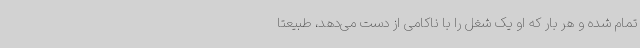
تمام شده و هر بار که او یک شغل را با ناکامی از دست می‌دهد، طبیعتا